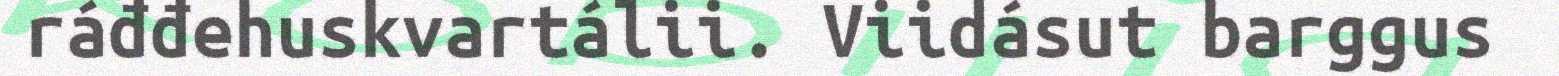
ráđđehuskvartálii. Viidásut barggus